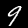
Digit: 9